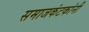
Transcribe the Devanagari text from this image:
समाजकंटकांनी